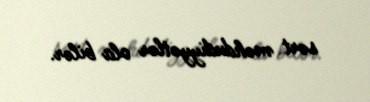
sərt məhdudiyyətlər ola bilər.